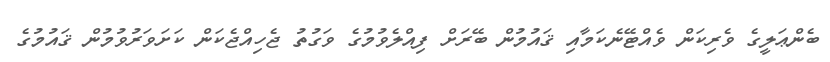
ބެންޢަލީގެ ވެރިކަން ވެއްޓޭނެކަމާއި ޤައުމުން ބޭރަށް ފިއްލެވުމުގެ ވަގުތު ޖެހިއްޖެކަން ކަށަވަރުވުމުން ޤައުމުގެ